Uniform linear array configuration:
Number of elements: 64
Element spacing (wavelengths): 1
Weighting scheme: hann
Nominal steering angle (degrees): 0
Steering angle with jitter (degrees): -1.989
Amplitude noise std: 0.05
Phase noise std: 0.05

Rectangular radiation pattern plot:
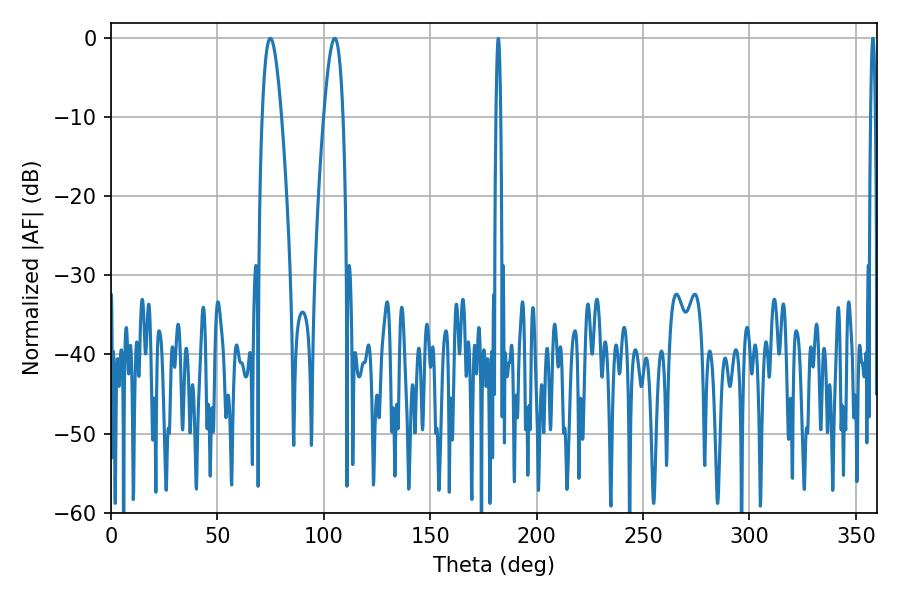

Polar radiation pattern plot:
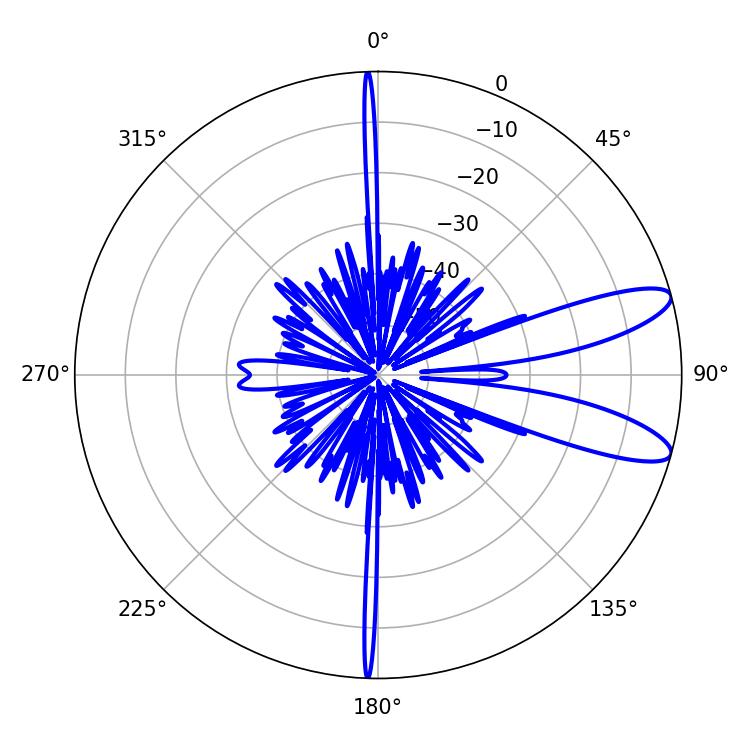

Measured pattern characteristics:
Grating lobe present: TRUE
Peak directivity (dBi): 10.464
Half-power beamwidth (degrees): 5.04
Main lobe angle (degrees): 74.88